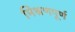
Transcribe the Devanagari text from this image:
मिश्रणपूर्ण